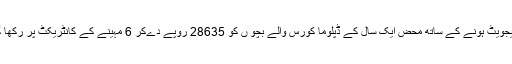
گریجویٹ ہونے کے ساتھ محض ایک سال کے ڈپلوما کورس والے بچو ں کو 28635 روپے دےکر 6 مہینے کے کانٹریکٹ پر رکھا گیا۔